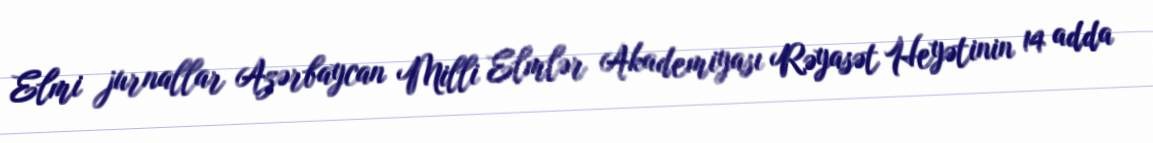
Elmi jurnallar Azərbaycan Milli Elmlər Akademiyası Rəyasət Heyətinin 14 adda